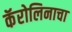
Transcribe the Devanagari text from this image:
कॅरोलिनाचा